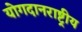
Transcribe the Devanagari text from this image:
योगदानराष्ट्रीय